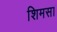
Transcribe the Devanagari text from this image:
शिमसा